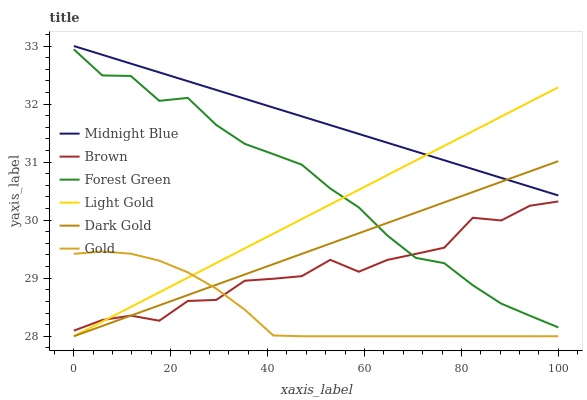
| xaxis_label | Midnight Blue | Brown | Forest Green | Light Gold | Dark Gold | Gold |
 | --- | --- | --- | --- | --- | --- | --- |
 | 0 | 33 | 28.1 | 32.9 | 28 | 28 | 29.4 |
 | 5.88 | 32.8 | 28.3 | 32.5 | 28.3 | 28.2 | 29.5 |
 | 11.8 | 32.7 | 28.4 | 32.5 | 28.5 | 28.4 | 29.4 |
 | 17.6 | 32.5 | 28.3 | 32.1 | 28.8 | 28.5 | 29.3 |
 | 23.5 | 32.4 | 28.6 | 32.1 | 29 | 28.7 | 29.1 |
 | 29.4 | 32.2 | 28.6 | 31.6 | 29.3 | 28.9 | 28.8 |
 | 35.3 | 32.1 | 29 | 31.3 | 29.5 | 29.1 | 28.5 |
 | 41.2 | 31.9 | 29 | 31.1 | 29.8 | 29.2 | 28 |
 | 47.1 | 31.8 | 29 | 31 | 30 | 29.4 | 28 |
 | 52.9 | 31.6 | 29.3 | 30.5 | 30.3 | 29.6 | 28 |
 | 58.8 | 31.5 | 29.1 | 30.2 | 30.5 | 29.8 | 28 |
 | 64.7 | 31.3 | 29.3 | 29.7 | 30.8 | 30 | 28 |
 | 70.6 | 31.2 | 29.4 | 29.4 | 31 | 30.1 | 28 |
 | 76.5 | 31 | 29.5 | 29.3 | 31.3 | 30.3 | 28 |
 | 82.4 | 30.9 | 30 | 28.9 | 31.5 | 30.5 | 28 |
 | 88.2 | 30.7 | 30 | 28.6 | 31.8 | 30.7 | 28 |
 | 94.1 | 30.6 | 30.2 | 28.4 | 32 | 30.8 | 28 |
 | 100 | 30.4 | 30.3 | 28.2 | 32.3 | 31 | 28 |